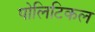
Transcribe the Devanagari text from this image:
पोलिटिकल